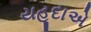
યહૂદાએ